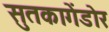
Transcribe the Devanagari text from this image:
सुतकागेंडोर